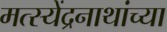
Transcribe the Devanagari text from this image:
मत्स्येंद्रनाथांच्या